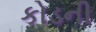
કોડની